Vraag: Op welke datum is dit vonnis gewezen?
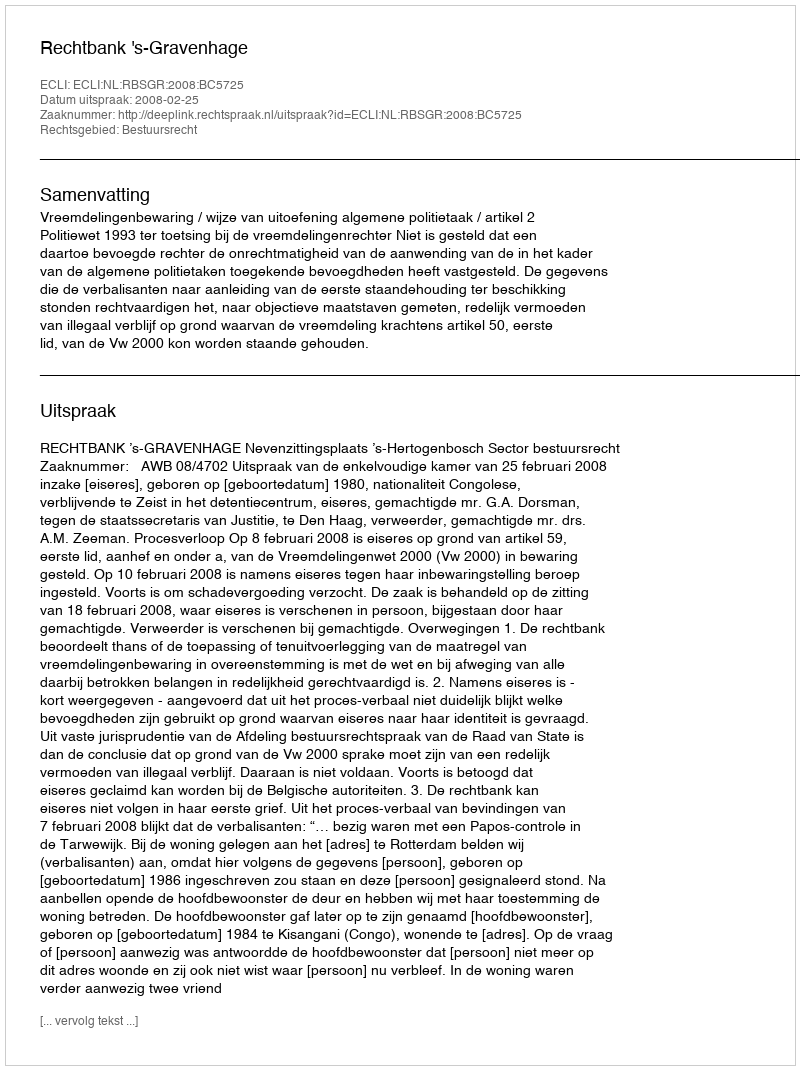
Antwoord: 2008-02-25